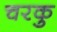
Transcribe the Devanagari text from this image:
चरकु